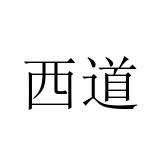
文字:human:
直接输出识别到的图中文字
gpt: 西道